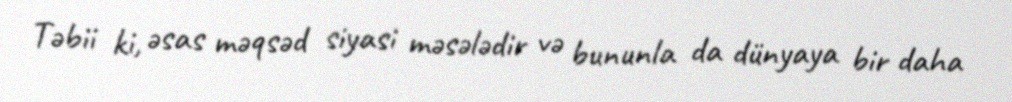
Təbii ki, əsas məqsəd siyasi məsələdir və bununla da dünyaya bir daha